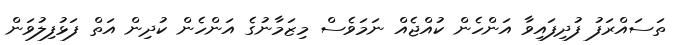
ތަސައްރަފު ފުދިފައިވާ އަންހެން ކުއްޖެއް ނަމަވެސް މިޒަމާނުގެ އަންހެން ކުދިން އަތް ފަޅުފިލުވަން